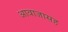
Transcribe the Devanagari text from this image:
आवाजासह